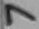
Text: 7